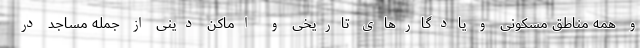
و همه مناطق مسکونی و یادگارهای تاریخی و اماکن دینی از جمله مساجد در